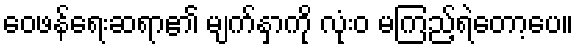
ဝေဖန်ရေးဆရာ၏ မျက်နှာကို လုံးဝ မကြည့်ရဲတော့ပေ။